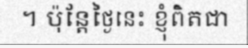
។ ប៉ុន្តែថ្ងៃនេះ ខ្ញុំពិតជា